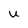
Character: U